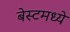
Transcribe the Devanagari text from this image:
बेस्टमध्ये